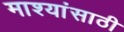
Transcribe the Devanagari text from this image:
माश्यांसाठी